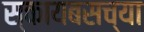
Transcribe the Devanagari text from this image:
स्कायबसच्या